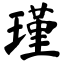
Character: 瑾